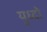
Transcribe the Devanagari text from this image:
युध्दो